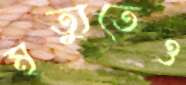
মৃত্যুতেও